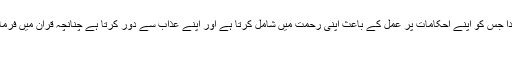
فائز بمعنی سعادت مند ایسے فرد کو کہتے ہیں کہ خدا جس کو اپنے احکامات پر عمل کے باعث اپنی رحمت میں شامل کرتا ہے اور اپنے عذاب سے دور کرتا ہے چنانچہ قرآن میں فرماتا ہے: ‌قُلْ اِنِّیَ اَخَافُ اِنْ عَصَیْتُ رَبِّی عَذَابَ یَوْمٍ عَظِیمٍ ‌
[۱۵] انعام/سوره۶، آیه۱۵۔